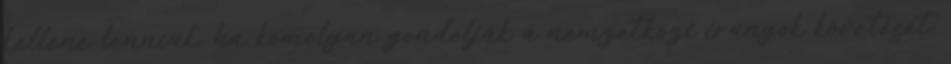
kellene lenniük, ha komolyan gondolják a nemzetközi irányok követését.